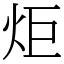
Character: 炬